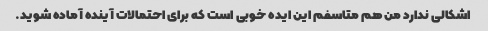
اشکالی ندارد من هم متاسفم این ایده خوبی است که برای احتمالات آینده آماده شوید.